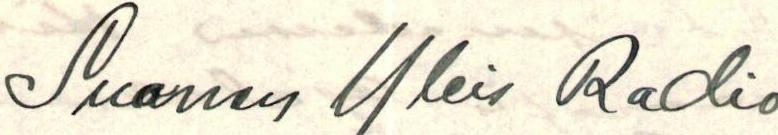
Suomen Yleis Radio